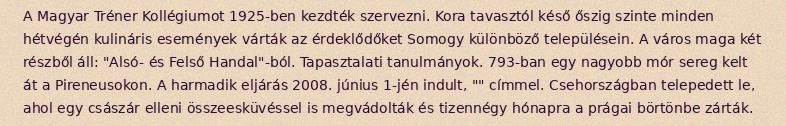
A Magyar Tréner Kollégiumot 1925-ben kezdték szervezni. Kora tavasztól késő őszig szinte minden hétvégén kulináris események várták az érdeklődőket Somogy különböző településein. A város maga két részből áll: "Alsó- és Felső Handal"-ból. Tapasztalati tanulmányok. 793-ban egy nagyobb mór sereg kelt át a Pireneusokon. A harmadik eljárás 2008. június 1-jén indult, "" címmel. Csehországban telepedett le, ahol egy császár elleni összeesküvéssel is megvádolták és tizennégy hónapra a prágai börtönbe zárták.